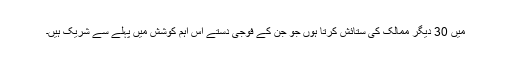
میں 30 دیگر ممالک کی ستائش کرتا ہوں جو جن کے فوجی دستے اس اہم کوشش میں پہلے سے شریک ہیں۔